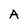
Character: A